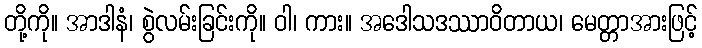
တို့ကို။ အာဒါနံ၊ စွဲလမ်းခြင်းကို။ ဝါ၊ ကား။ အဒေါသဒဿာဝိတာယ၊ မေတ္တာအားဖြင့်